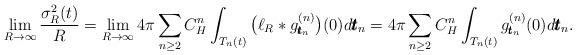
LaTeX: \begin{align*}\lim_{R\to\infty}\frac{\sigma_R^2(t)}{R}=\lim_{R\to\infty} 4\pi\sum_{n\geq 2} C_H^n \int_{T_n(t)} \big(\ell_R*g_{\pmb{t}_n}^{(n)}\big)(0) d\pmb{t}_n = 4\pi\sum_{n\geq 2}C_H^n\int_{T_n(t)} g_{\pmb{t}_n}^{(n)}(0) d\pmb{t}_n.\end{align*}